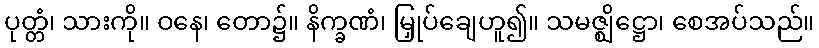
ပုတ္တံ၊ သားကို။ ဝနေ၊ တော၌။ နိက္ခဏံ၊ မြှုပ်ချေဟူ၍။ သမဇ္ဈိဋ္ဌော၊ စေအပ်သည်။